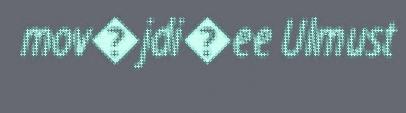
mov�jdi�ee Ulmust